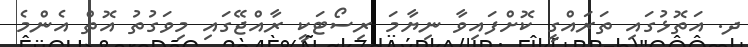
ދ. އަތޮޅުގައި ތަރައްގީ ކޮށްފައިވާ ނިޔާމަ ރިސޯޓަކީ ރާއްޖޭގައި މިވަގުތު އޮތް އެންމެ